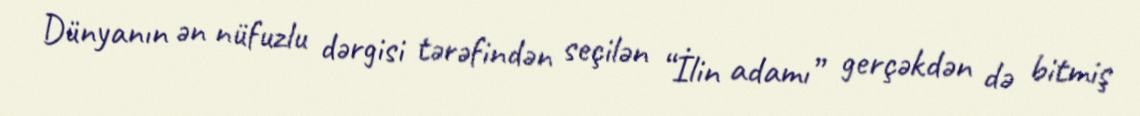
Dünyanın ən nüfuzlu dərgisi tərəfindən seçilən “İlin adamı” gerçəkdən də bitmiş